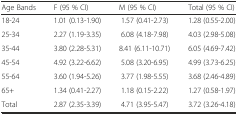
| Age Bands | F (95 % CI) | M (95 % CI) | Total (95 % CI) |
 | --- | --- | --- | --- |
 | 18-24 | 1.01 (0.13-1.90) | 1.57 (0.41-2.73) | 1.28 (0.55-2.00) |
 | 25-34 | 2.27 (1.19-3.35) | 6.08 (4.18-7.98) | 4.03 (2.98-5.08) |
 | 35-44 | 3.80 (2.28-5.31) | 8.41 (6.11-10.71) | 6.05 (4.69-7.42) |
 | 45-54 | 4.92 (3.22-6.62) | 5.08 (3.20-6.95) | 4.99 (3.73-6.25) |
 | 55-64 | 3.60 (1.94-5.26) | 3.77 (1.98-5.55) | 3.68 (2.46-4.89) |
 | 65+ | 1.34 (0.41-2.27) | 1.18 (0.15-2.22) | 1.27 (0.58-1.97) |
 | Total | 2.87 (2.35-3.39) | 4.71 (3.95-5.47) | 3.72 (3.26-4.18) |